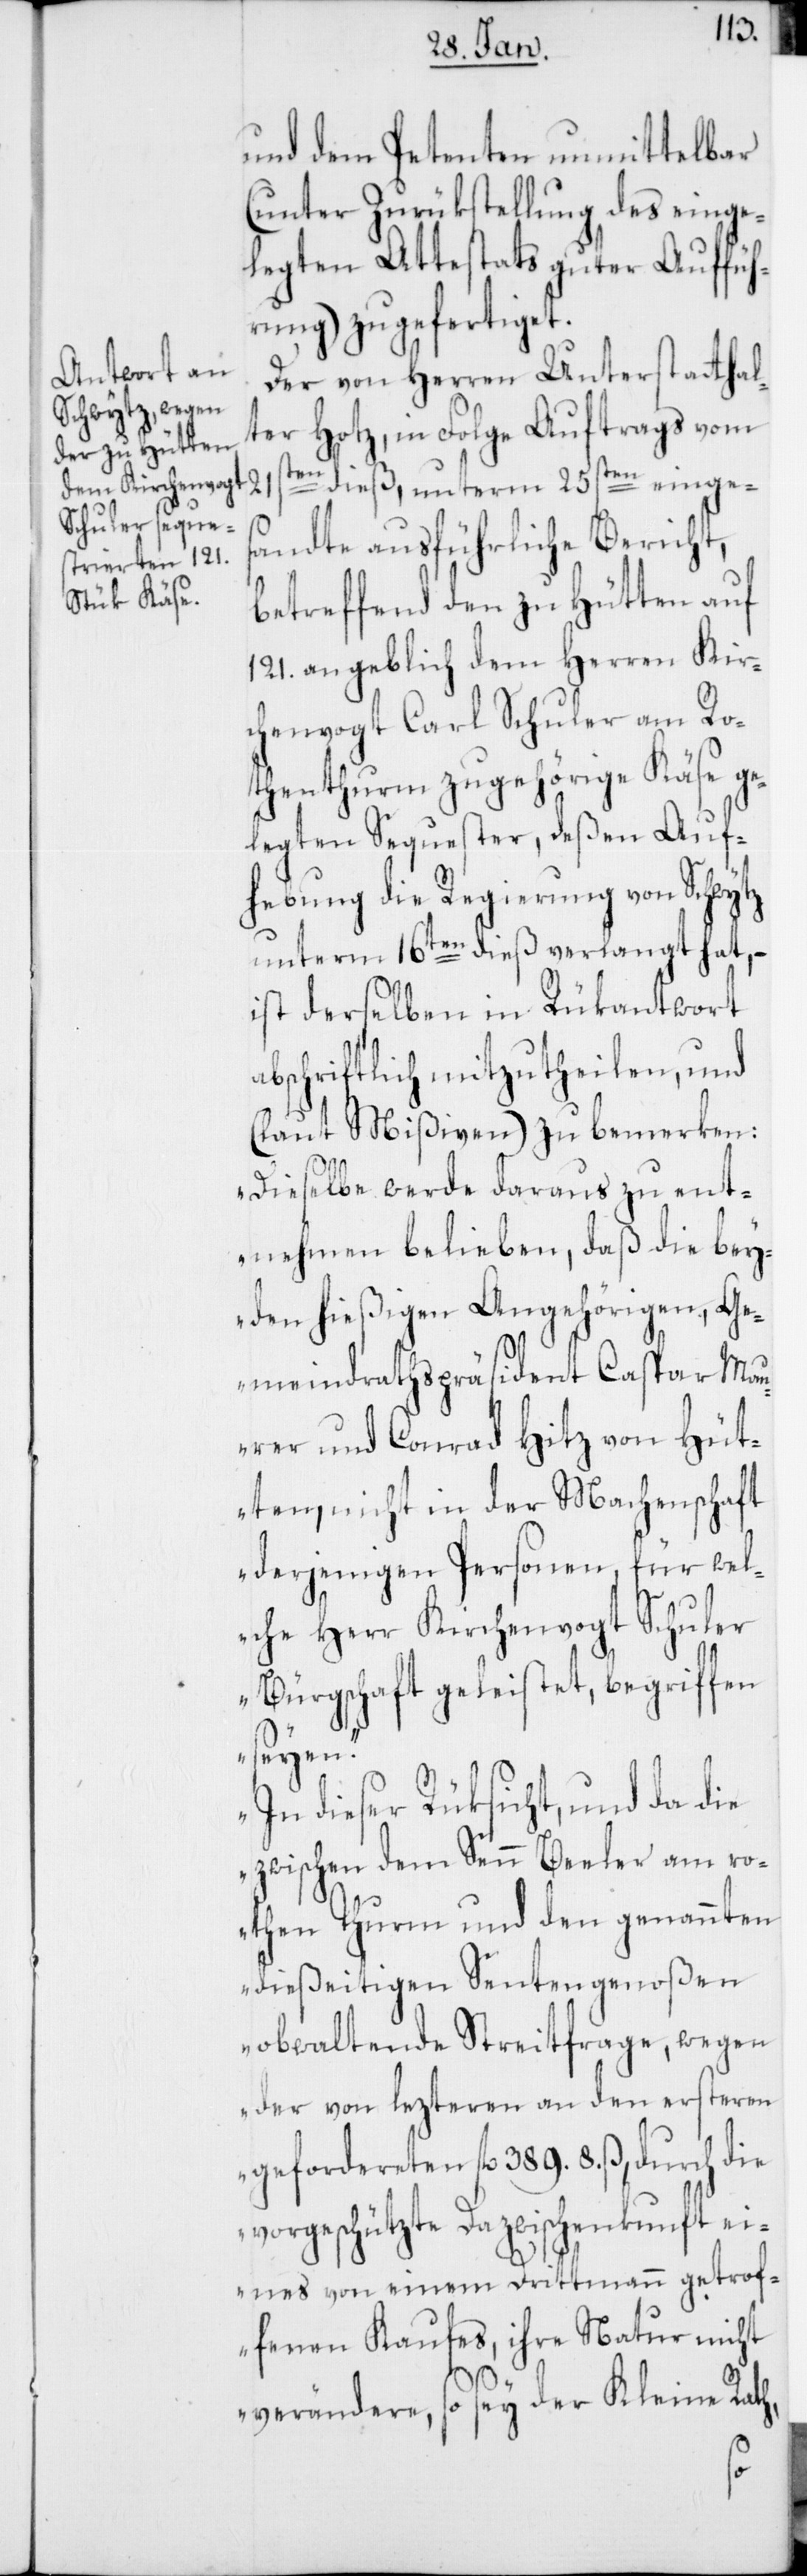
und dem Petenten unmittelbar
(unter Zurükstellung des einge¬
legten Attestats guter Auffüh¬
rung) zugefertiget.
Der von Herren Unterstatthal¬
ter Hotz, in Folge Auftrags vom
ten dieß, unterm 25sten einges¬
21s¬
andte ausführliche Bericht,
betreffend den zu Hütten auf
121. angeblich dem Herren Kir¬
chenvogt Carl Schuler am Ro¬
thenthurm zugehörige Käse ge¬
legten Sequester, deßen Auf¬
hebung die Regierung von Schwytz
unterm 16ten dieß verlangt hat, –
ist derselben in Rükantwort
abschriftlich mitzutheilen, und
(laut Mißiven) zu bemerken:
„Dieselbe werde daraus zu ent¬
nehmen belieben, daß die bey¬
den hießigen Angehörigen, Ge¬
meindrathspräsident Caspar Mau¬
rer und Conrad Hitz von Hüt¬
ten, nicht in der Machenschaft
derjenigen Personen, für wel¬
che Herr Kirchenvogt Schuler
Bürgschaft geleistet, begriffen
seyen.
In dieser Rüksicht, und da die
zwischen dem Senn Beeler am ro¬
then Thurm und den genannten
dießeitigen Sentengenoßen
obwaltende Streitfrage, wegen
der vom lezteren an den ersteren
gefordereten fl. 389.8 ß, durch die
vorgeschützte Dazwischenkunft ei¬
nes von einem Drittmann getrof¬
fenen Kaufes, ihre Natur nicht
verändere, so sey der Kleine Rat,